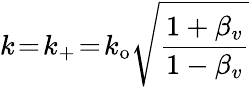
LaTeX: k\! =\! k_{+}\! =\! k_{\mathrm{o}}\sqrt{\frac{1+\beta_{v}}{1-\beta_{v}}}